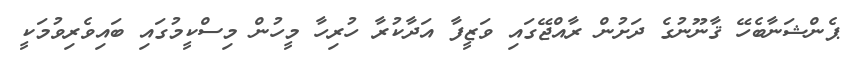
ޕެންޝަނާބެހޭ ޤާނޫނުގެ ދަށުން ރާއްޖޭގައި ވަޒީފާ އަދާކުރާ ހުރިހާ މީހުން މިސްކީމުގައި ބައިވެރިވުމަކީ